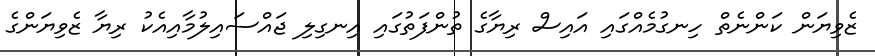
ޒެވިޔަން ކަންނެތް ހިނގުމެއްގައި އައިސް ރިޔާގެ ތުންފަތުގައި އިނގިލި ޖައްސައިލުމާއިއެކު ރިޔާ ޒެވިޔަންގެ